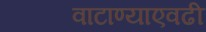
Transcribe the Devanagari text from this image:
वाटाण्याएवढी